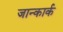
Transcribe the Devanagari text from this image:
जान्कार्क